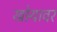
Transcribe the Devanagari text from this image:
खोर्‍यावर